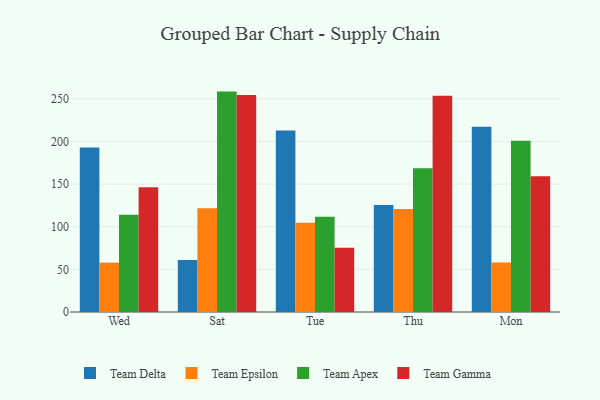
{"axis": {"x": "Day", "y": "Bounce Rate (%)"}, "legend": ["Team Apex", "Team Delta", "Team Epsilon", "Team Gamma"], "data": [{"x": "Wed", "y": 192.8, "type": "Team Delta"}, {"x": "Wed", "y": 57.9, "type": "Team Epsilon"}, {"x": "Wed", "y": 113.9, "type": "Team Apex"}, {"x": "Wed", "y": 146.4, "type": "Team Gamma"}, {"x": "Sat", "y": 60.9, "type": "Team Delta"}, {"x": "Sat", "y": 121.6, "type": "Team Epsilon"}, {"x": "Sat", "y": 258.4, "type": "Team Apex"}, {"x": "Sat", "y": 254.5, "type": "Team Gamma"}, {"x": "Tue", "y": 212.8, "type": "Team Delta"}, {"x": "Tue", "y": 104.6, "type": "Team Epsilon"}, {"x": "Tue", "y": 111.8, "type": "Team Apex"}, {"x": "Tue", "y": 75.4, "type": "Team Gamma"}, {"x": "Thu", "y": 125.4, "type": "Team Delta"}, {"x": "Thu", "y": 120.7, "type": "Team Epsilon"}, {"x": "Thu", "y": 168.5, "type": "Team Apex"}, {"x": "Thu", "y": 253.4, "type": "Team Gamma"}, {"x": "Mon", "y": 217.2, "type": "Team Delta"}, {"x": "Mon", "y": 58.1, "type": "Team Epsilon"}, {"x": "Mon", "y": 200.7, "type": "Team Apex"}, {"x": "Mon", "y": 159.2, "type": "Team Gamma"}]}